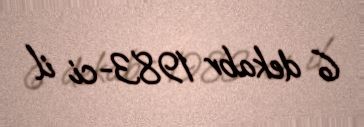
6 dekabr 1983-ci il